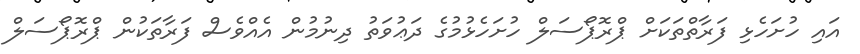
އައި ހުށަހެޅި ފަރާތްތަކަށް ޕްރޮޕޯސަލް ހުށަހެޅުމުގެ ދަޢުވަތު ދިނުމުން އެއްވެސް ފަރާތަކުން ޕްރޮޕޯސަލް